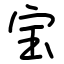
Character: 宝